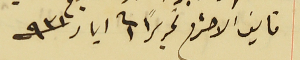
فايق الاحترام تحريراً فى ١ ايار سنة ٩٣١